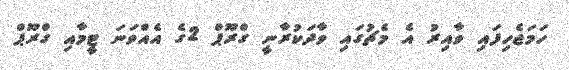
ހަމަޖެހިފައި ވާއިރު އެ މެޗުގައި ވާދަކުރާނީ ގްރޫޕް 2ގެ އެއްވަނަ ޓީމާއި ގްރޫޕް